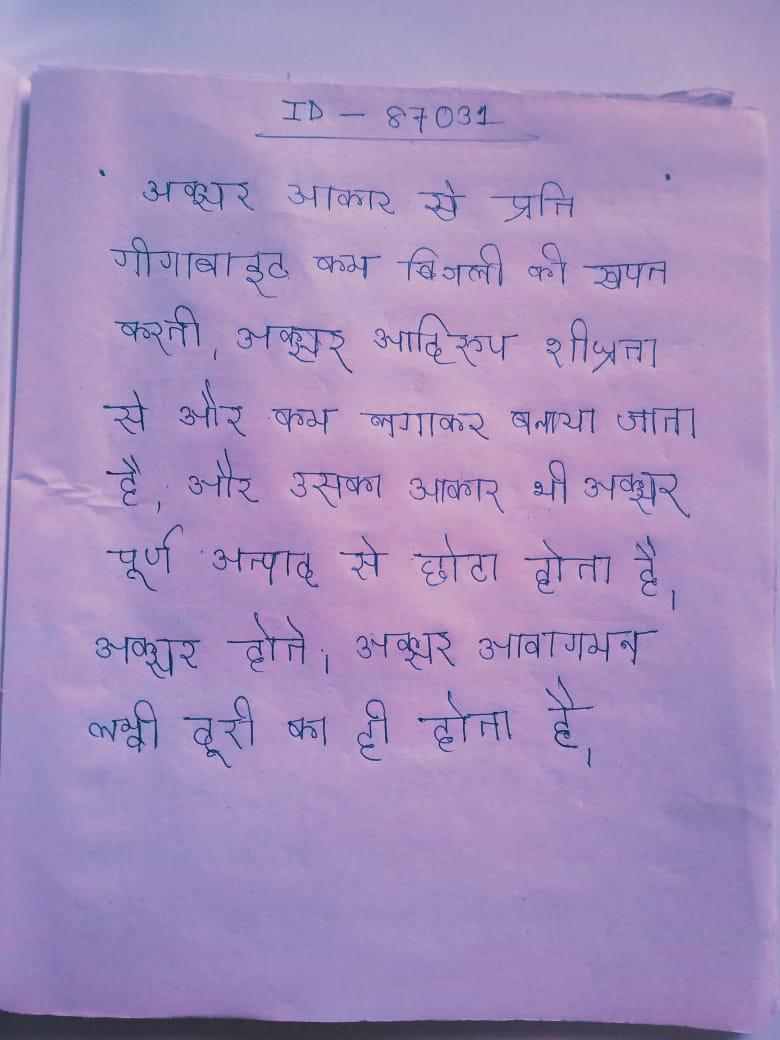
अक्सर आकार से प्रति गीगाबाइट कम बिजली की खपत करती । अक्सर आदिरूप शीघ्रता से और कम लगाकर बनाया जाता है, और उसका आकार भी अक्सर पूर्ण उत्पाद से छोटा होता है । अक्सर होते । अक्सर आवागमन लम्बी दूरी का ही होता है ।